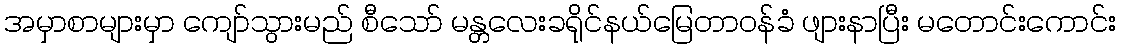
အမှာစာများမှာ ကျော်သွားမည် စီသော် မန္တလေးခရိုင်နယ်မြေတာဝန်ခံ ဖျားနာပြီး မတောင်းကောင်း